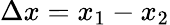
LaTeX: \Delta x=x_{1}-x_{2}